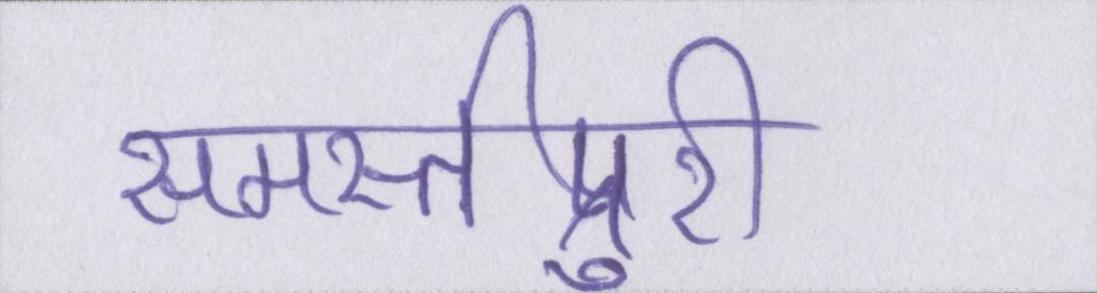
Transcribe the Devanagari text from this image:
समस्तीपुरी